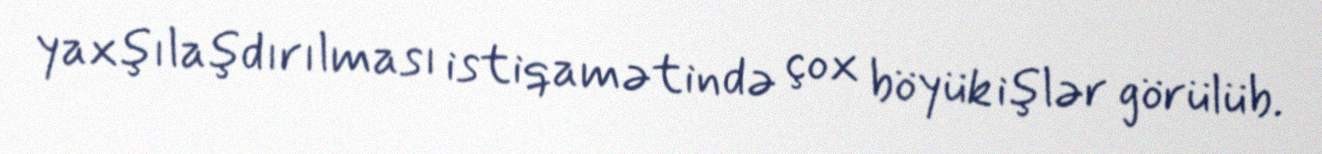
yaxşılaşdırılması istiqamətində çox böyük işlər görülüb.